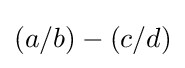
(a/b)-(c/d)